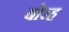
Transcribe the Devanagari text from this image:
बोरह